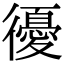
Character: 𢖒